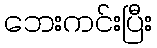
ဘေးကင်းပြီး